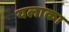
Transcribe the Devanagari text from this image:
यलाका